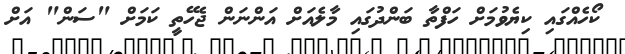
ކޯހެއްގައި ކިޔެވުމަށް ހަފްތާ ބަންދުގައި މާލެއަށް އަންނަން ޖެހޭތީ ކަމަށް "ސަން" އަށް